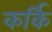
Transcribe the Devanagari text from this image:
कर्कि